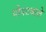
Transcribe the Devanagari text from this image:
पोपटवाले